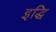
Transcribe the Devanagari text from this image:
इद्धि